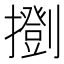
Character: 𢷚